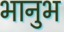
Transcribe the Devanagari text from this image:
भानुभ